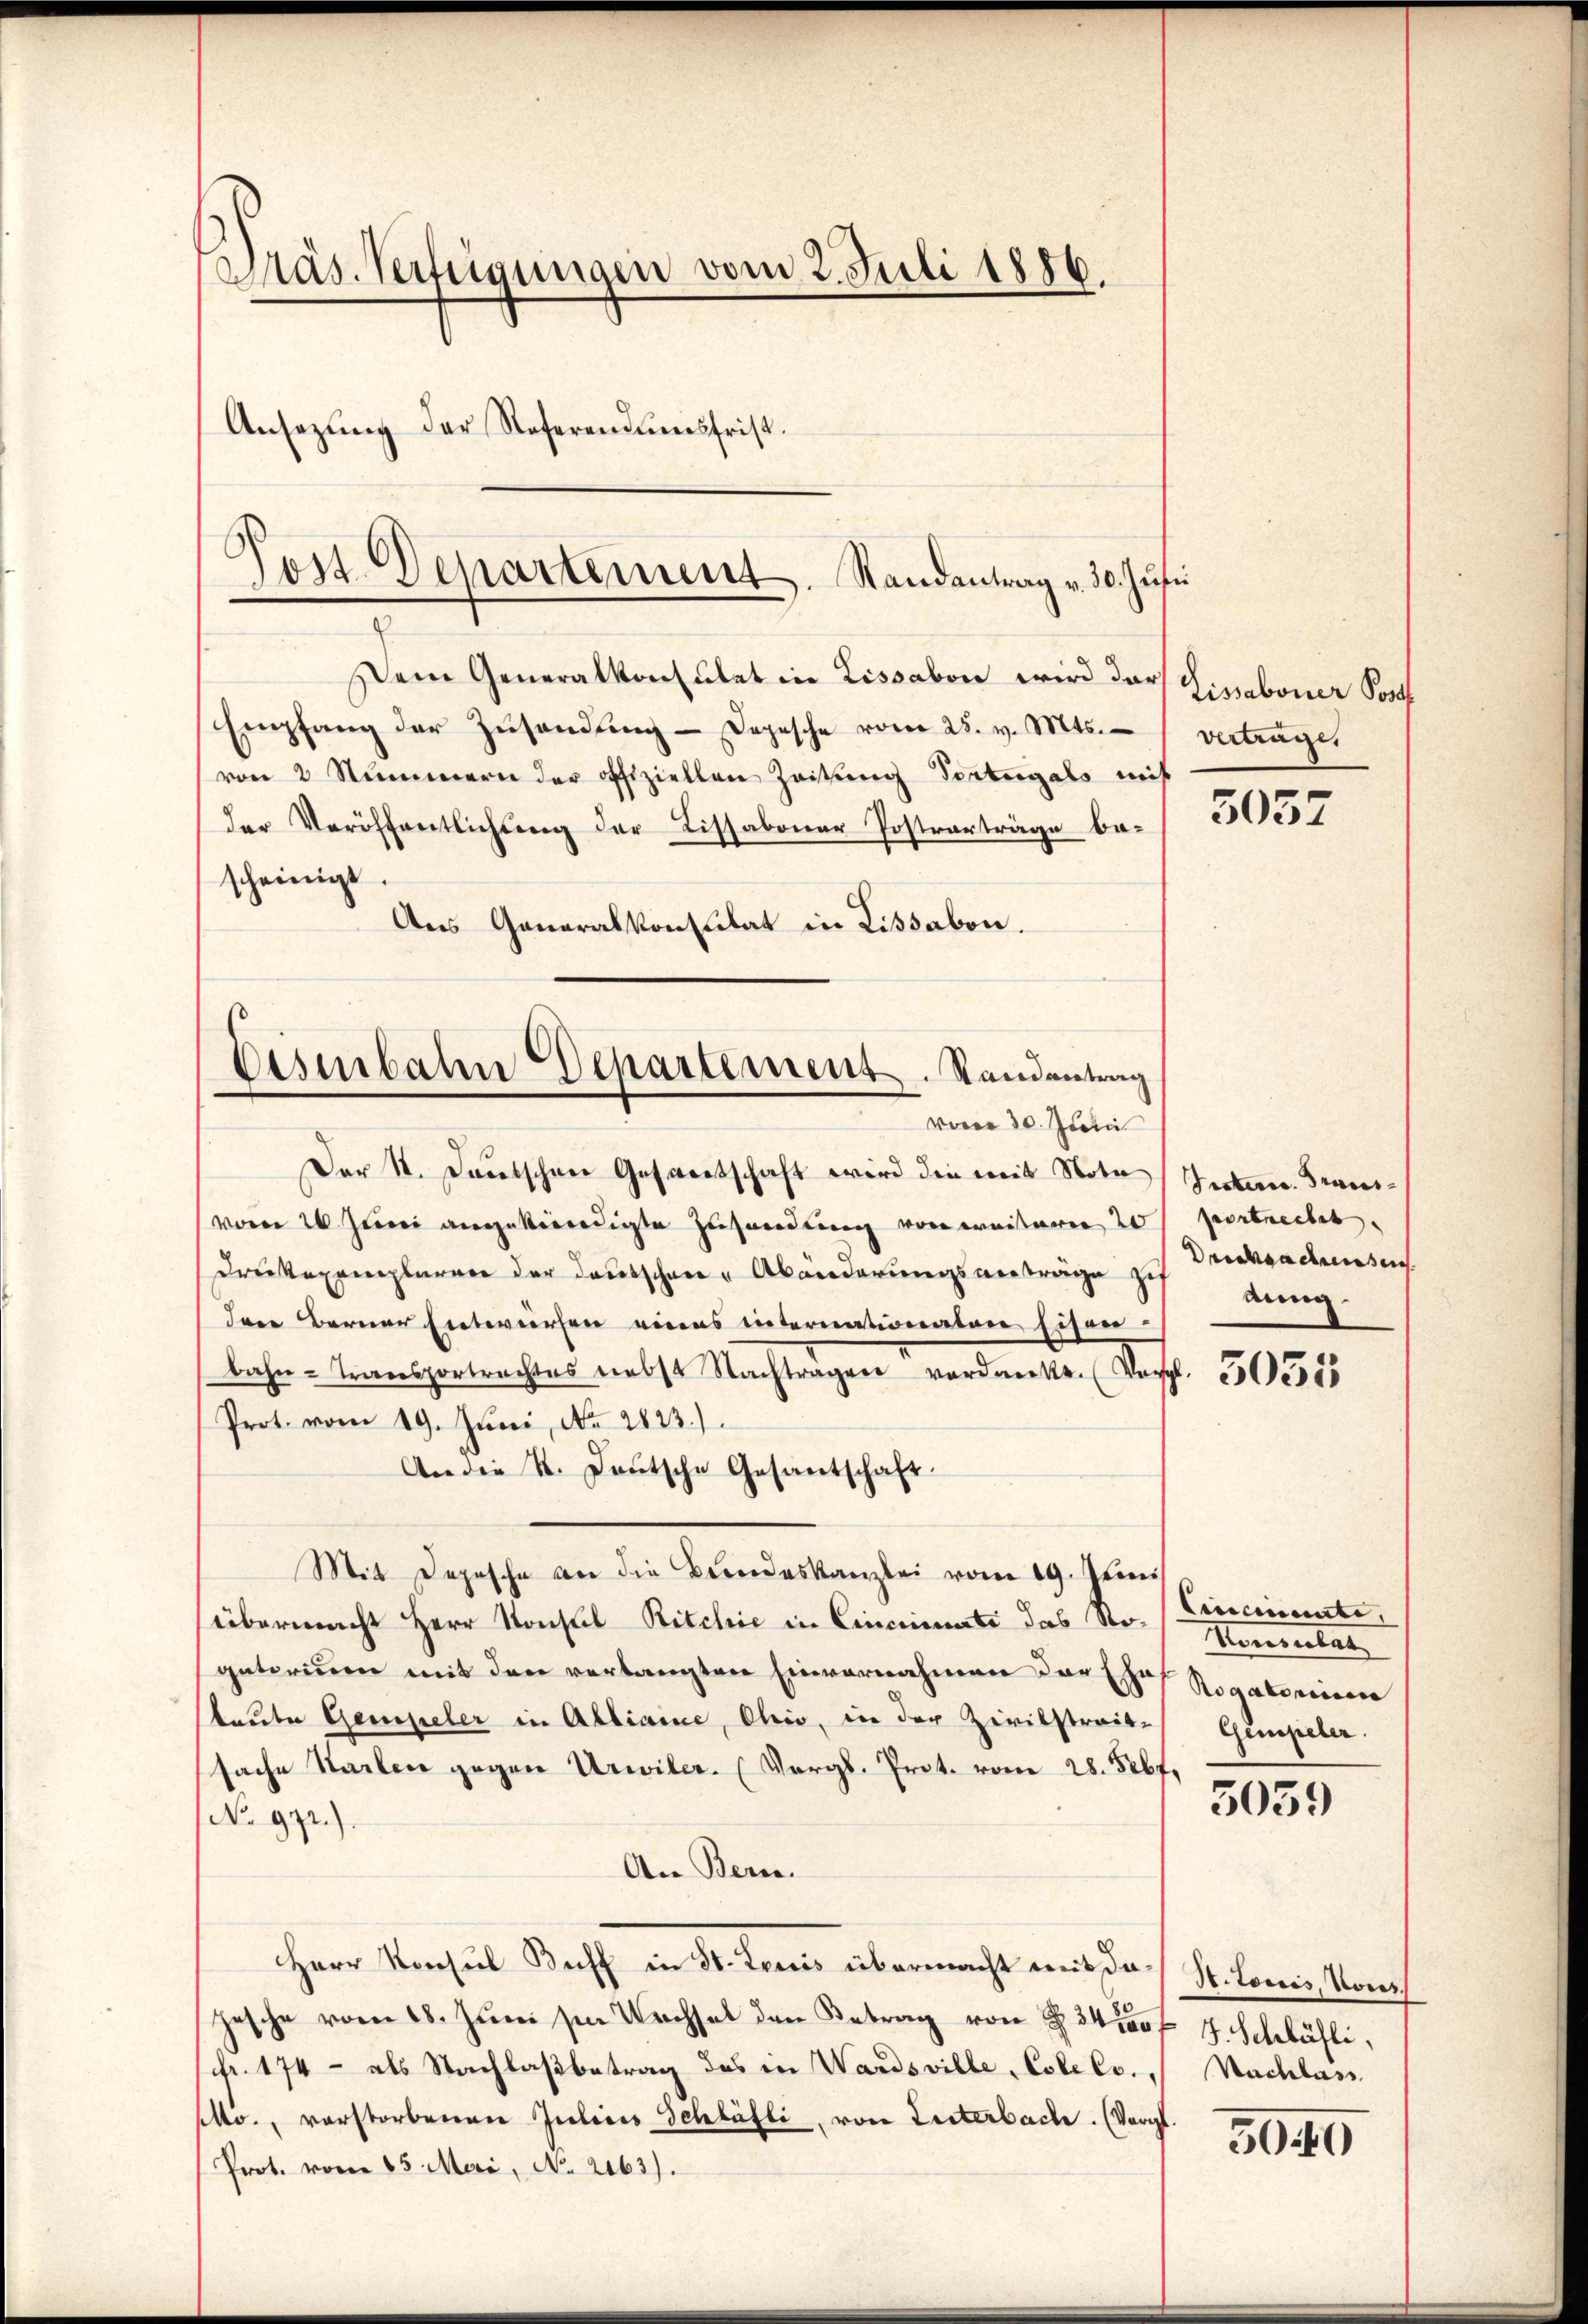
Präs. Verfügungen vom 2. Juli 1886.
Ansezŭng der Referendŭngsfrist.

Post. Departement. Randantrag v. 30. Jusi

Dem Generalkonsulat in Lissabon wird der
Empfang der Zusendung – Depesche vom 25. v. Mts. vertrages
von 2 Nummern der offiziellen Zeitung Tortegals mit
der Veröffentlichung der Lissabonar Postverträge be-
scheinigt.
Aus Generalkonsulat in Lissabon.
Der St. Deutschen Gesandtschaft wird die mit Note (Intern. Franvom 26. Juni angekündigte Zusendung von ereiterer 20 portrecht.
Drukexemplaren der Deutschen Abänderungsanträge zu
dene Berner Entwürfen eines internationaten Eisen-
bahn-Transportrachtes nebst Nachtragen verdankt. (Vergl. 505585
Prot. vom 19. Juni, No. 1823.)
An die K. Deutsche Gesantschaft.
Mit Depesche an die Beendeskanzlei vom 19. Junii
übermacht Herr Konsul Ritchie in Cincinati das Nogatorinn mit den verlangten Einvernahmen der Gef Rogatoreinen
taute Gempeler in Alliaine, Ohio, in der Zivilstreit- Gempeler.
sache Starten gegen Urwiler. (Vergl. Prot. vom 28. 526 f.
No 992.).
An Bern.
Herr Konsul Boff in St. Louis übermacht mit dahesche vom 18. Juni sie Nachsel den Betrag von § 340 f 4. Schläsli,
fr. 174 - als Nachlaßbetrag des in Wardsville, Csle es. Nachlass
sto., verstorbenen Julius Schläfli, von Leiterbache. (Vergl.
Prot. vom 15. Meri, No. 2163).

Eisenbahn-Departement. Randantrag
voren 30. Junii

Lissaboner Postf

5057

Dricksachensen
dung.

Cinciante,
Konsulat

5059

S. tonis, Vous

5040